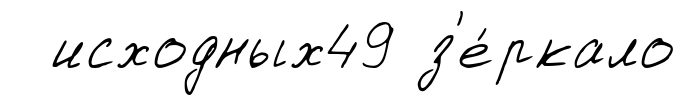
исходных49 з'е́ркало